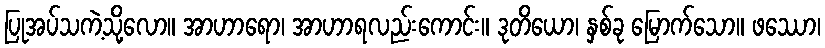
ပြုအပ်သကဲ့သို့လော။ အာဟာရော၊ အာဟာရလည်းကောင်း။ ဒုတိယော၊ နှစ်ခု မြောက်သော။ ဖဿော၊